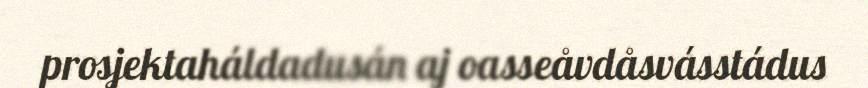
prosjektaháldadusán aj oasseåvdåsvásstádus